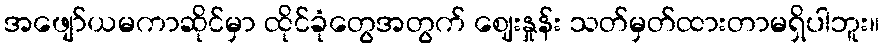
အဖျော်ယမကာဆိုင်မှာ ထိုင်ခုံတွေအတွက် ဈေးနှုန်း သတ်မှတ်ထားတာမရှိပါဘူး။